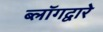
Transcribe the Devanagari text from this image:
ब्लॉगद्वारे